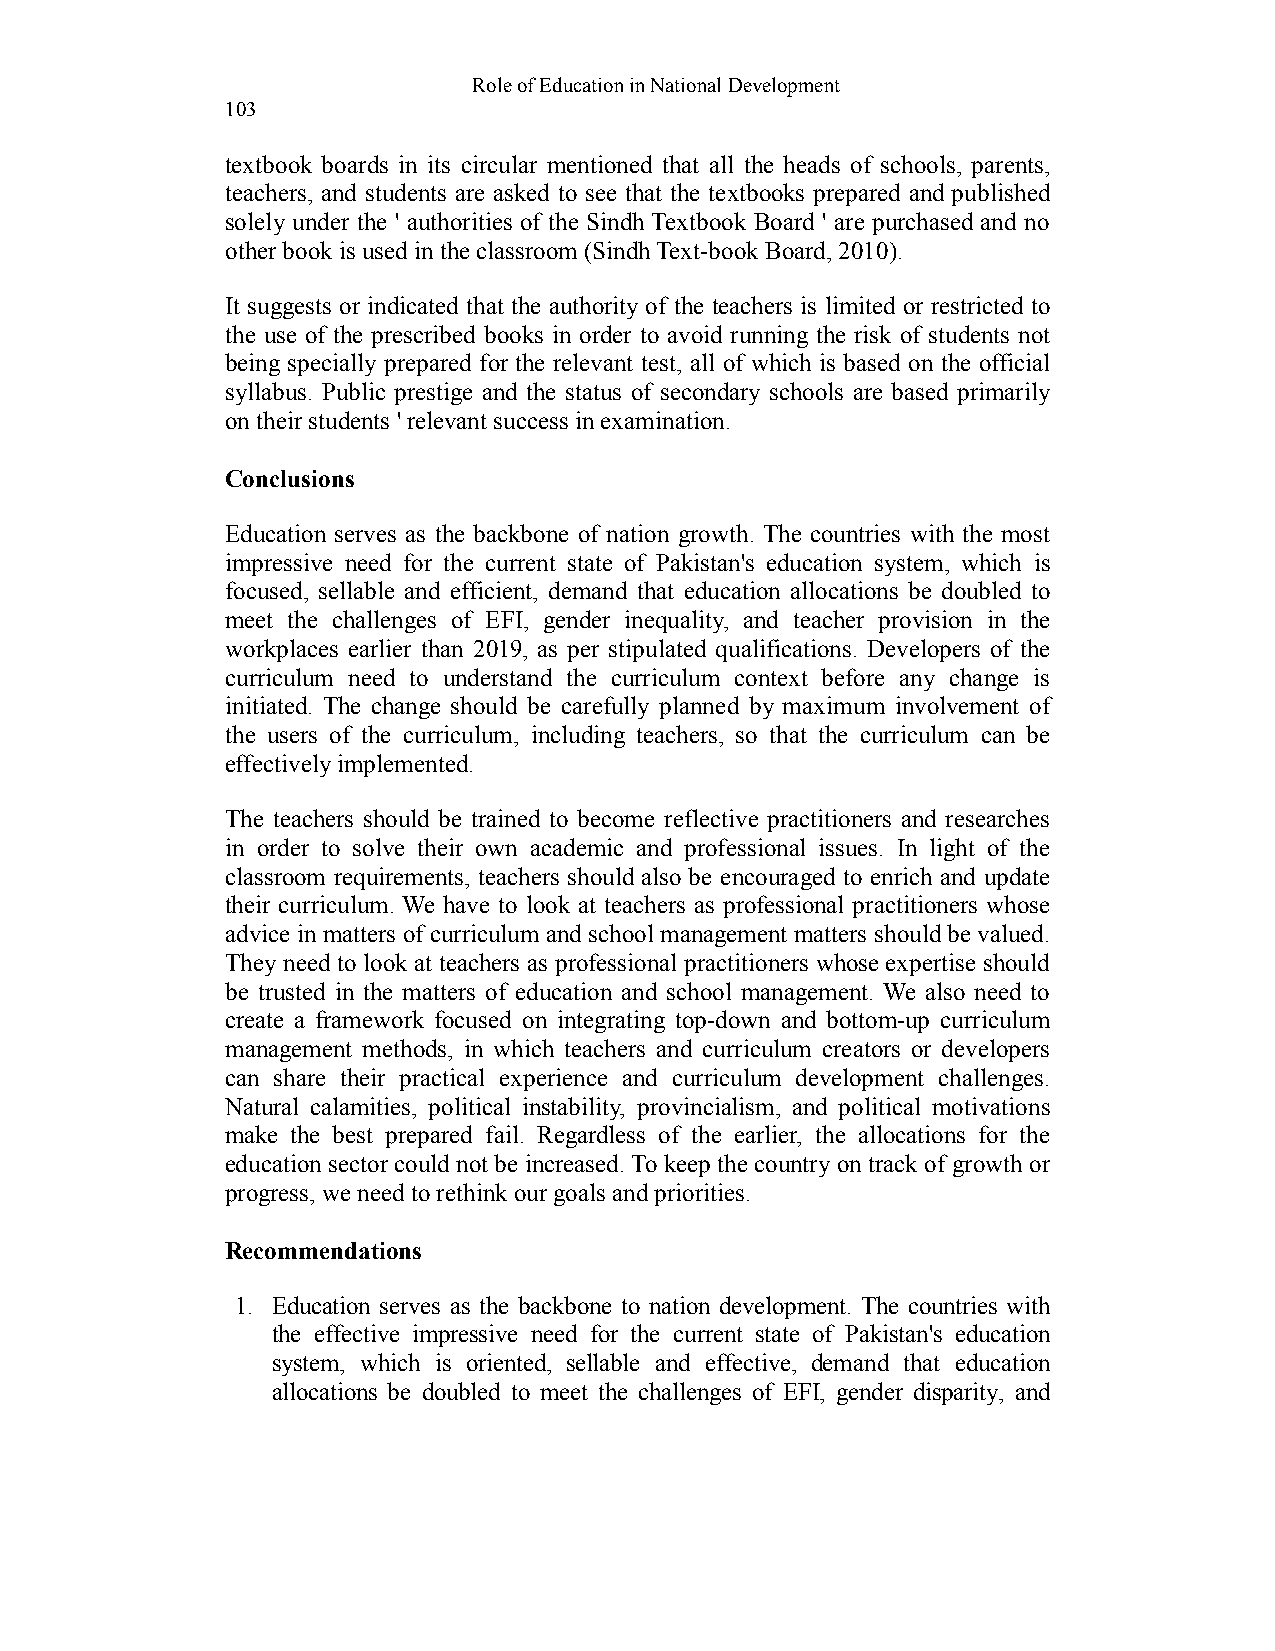
Role of Education in National Development
 103
 textbook boards in its circular mentioned that all the heads of schools, parents,
 teachers, and students are asked to see that the textbooks prepared and published
 solely under the ' authorities of the Sindh Textbook Board ' are purchased and no
 other book is used in the classroom (Sindh Text-book Board, 2010).
 It suggests or indicated that the authority of the teachers is limited or restricted to
 the use of the prescribed books in order to avoid running the risk of students not
 being specially prepared for the relevant test, all of which is based on the official
 syllabus. Public prestige and the status of secondary schools are based primarily
 on their students ' relevant success in examination.
 Conclusions
 Education serves as the backbone of nation growth. The countries with the most
 impressive need for the current state of Pakistan's education system, which is
 focused, sellable and efficient, demand that education allocations be doubled to
 meet the challenges of EFI, gender inequality, and teacher provision in the
 workplaces earlier than 2019, as per stipulated qualifications. Developers of the
 curriculum need to understand the curriculum context before any change is
 initiated. The change should be carefully planned by maximum involvement of
 the users of the curriculum, including teachers, so that the curriculum can be
 effectively implemented.
 The teachers should be trained to become reflective practitioners and researches
 in order to solve their own academic and professional issues. In light of the
 classroom requirements, teachers should also be encouraged to enrich and update
 their curriculum. We have to look at teachers as professional practitioners whose
 advice in matters of curriculum and school management matters should be valued.
 They need to look at teachers as professional practitioners whose expertise should
 be trusted in the matters of education and school management. We also need to
 create a framework focused on integrating top-down and bottom-up curriculum
 management methods, in which teachers and curriculum creators or developers
 can share their practical experience and curriculum development challenges.
 Natural calamities, political instability, provincialism, and political motivations
 make the best prepared fail. Regardless of the earlier, the allocations for the
 education sector could not be increased. To keep the country on track of growth or
 progress, we need to rethink our goals and priorities.
 Recommendations
 1. Education serves as the backbone to nation development. The countries with
 the effective impressive need for the current state of Pakistan's education
 system, which is oriented, sellable and effective, demand that education
 allocations be doubled to meet the challenges of EFI, gender disparity, and